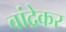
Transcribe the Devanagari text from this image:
वांद्रेकर